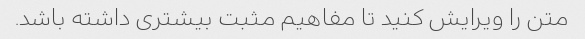
متن را ویرایش کنید تا مفاهیم مثبت بیشتری داشته باشد.